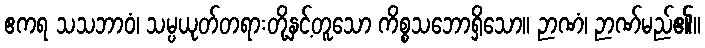
ဧကရ သသဘာဝံ၊ သမ္ပယုတ်တရားတို့နှင့်တူသော ကိစ္စသဘောရှိသော။ ဉာဏံ၊ ဉာဏ်မည်၏။